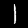
Label: 1